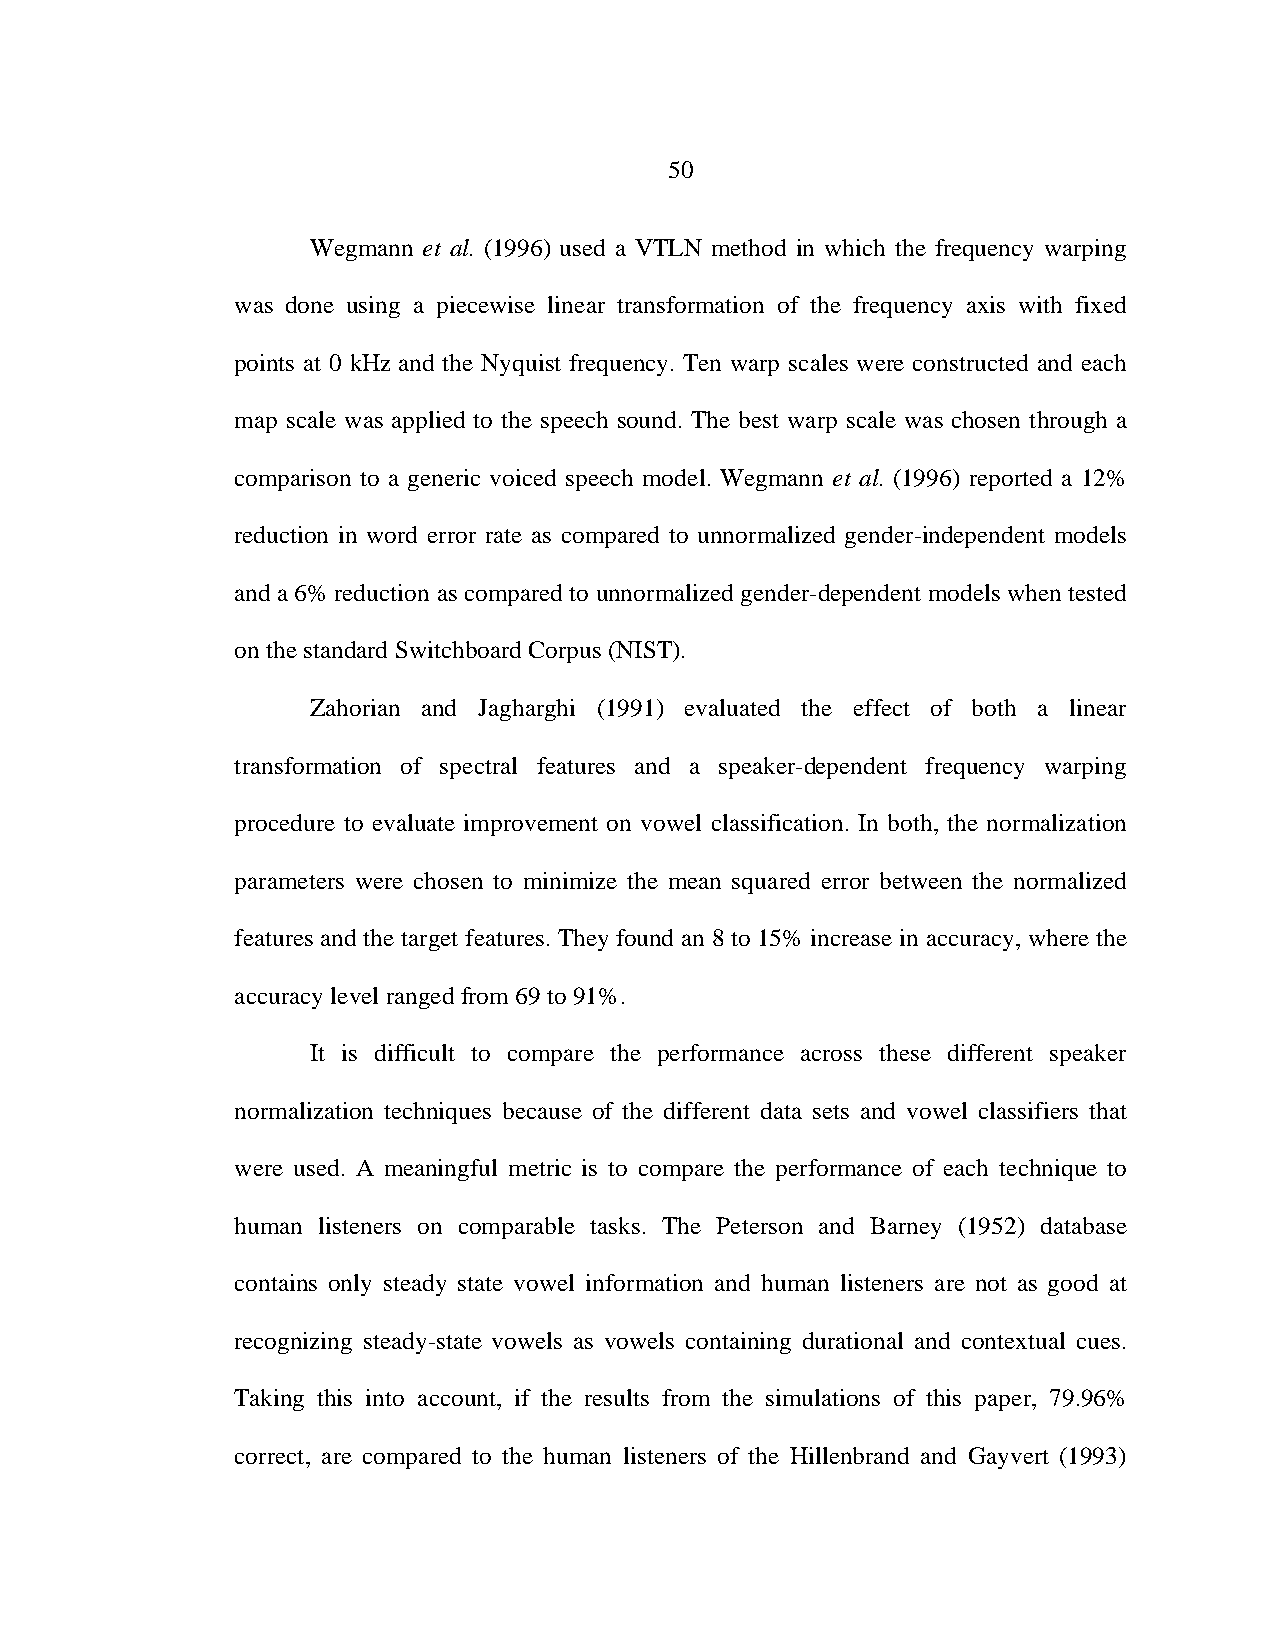
50
 Wegmann et al. (1996) used a VTLN method in which the frequency warping
 was done using a piecewise linear transformation of the frequency axis with fixed
 points at 0 kHz and the Nyquist frequency. Ten warp scales were constructed and each
 map scale was applied to the speech sound. The best warp scale was chosen through a
 comparison to a generic voiced speech model. Wegmann et al. (1996) reported a 12%
 reduction in word error rate as compared to unnormalized gender-independent models
 and a 6% reduction as compared to unnormalized gender-dependent models when tested
 on the standard Switchboard Corpus (NIST).
 Zahorian and Jagharghi (1991) evaluated the effect of both a linear
 transformation of spectral features and a speaker-dependent frequency warping
 procedure to evaluate improvement on vowel classification. In both, the normalization
 parameters were chosen to minimize the mean squared error between the normalized
 features and the target features. They found an 8 to 15% increase in accuracy, where the
 accuracy level ranged from 69 to 91%.
 It is difficult to compare the performance across these different speaker
 normalization techniques because of the different data sets and vowel classifiers that
 were used. A meaningful metric is to compare the performance of each technique to
 human listeners on comparable tasks. The Peterson and Barney (1952) database
 contains only steady state vowel information and human listeners are not as good at
 recognizing steady-state vowels as vowels containing durational and contextual cues.
 Taking this into account, if the results from the simulations of this paper, 79.96%
 correct, are compared to the human listeners of the Hillenbrand and Gayvert (1993)